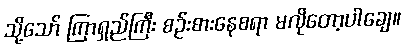
သို့သော် ကြာရှည်ကြီး စဉ်းစားနေစရာ မလိုတော့ပါချေ။